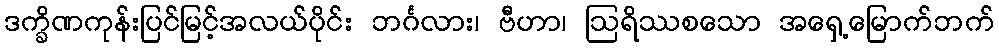
ဒက္ခိဏကုန်းပြင်မြင့်အလယ်ပိုင်း ဘင်္ဂလား၊ ဗီဟာ၊ ဩရိဿစသော အရှေ့မြောက်ဘက်